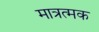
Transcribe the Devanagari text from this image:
मात्रत्मक